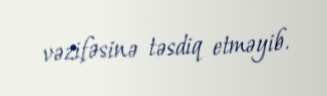
vəzifəsinə təsdiq etməyib.